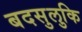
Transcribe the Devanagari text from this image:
बदसुलुकि